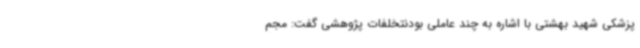
پزشکی شهید بهشتی با اشاره به چند عاملی بودنتخلفات پژوهشی گفت: مجم